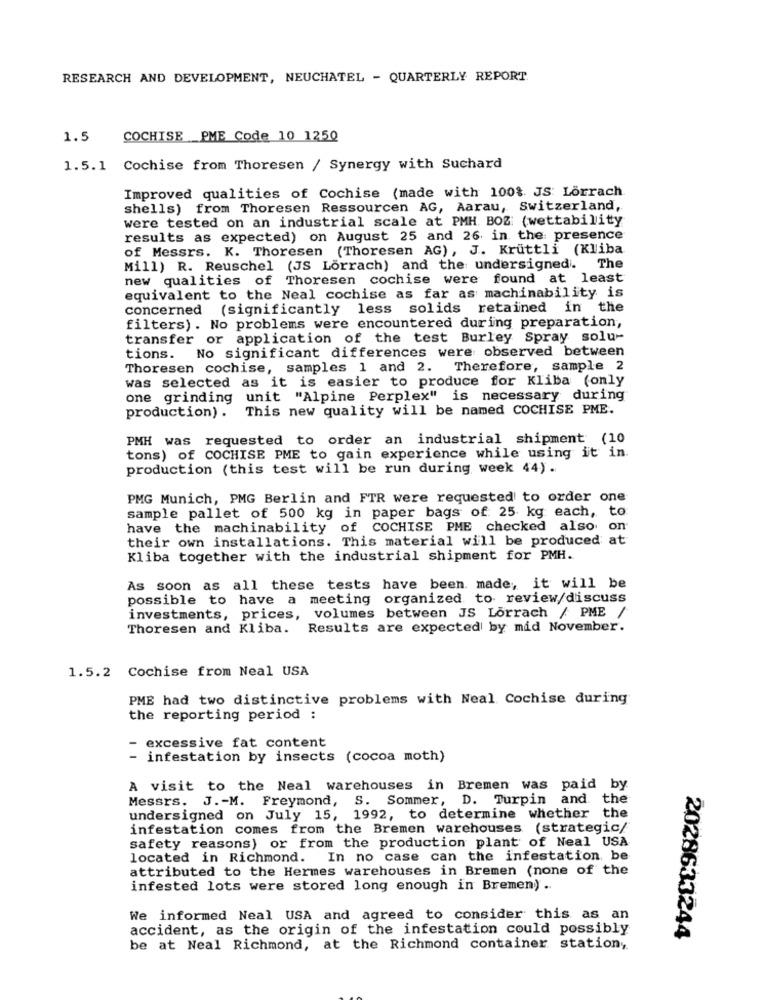
RESEARCH AND DEVELOPMENT, NEUCHATEL - QUARTERLY REPORT
1.5
COCHISE PME Code 10 1250
1.5.1 Cochise from Thoresen / Synergy with Suchard
Improved qualities of Cochise (made with 100%. JS Lörrach
shells) from Thoresen Ressourcen AG, Aarau, Switzerland,
were tested on an industrial scale at PMH BOZ: (wettability
results as expected) on August 25 and 26 in the presence
of Messrs. K. Thoresen (Thoresen AG), J. Kruttli (Kliba
Mill) R. Reuschel (JS Lörrach) and the undersigned. The
new qualities of Thoresen cochise were found at least
equivalent to the Neal cochise as far as machinability is
concerned (significantly less solids retained in the
filters). No problems were encountered during preparation,
transfer or application of the test Burley Spray solu-
tions. No significant differences were observed between
Thoresen cochise, samples 1 and 2. Therefore, sample 2
was selected as it is easier to produce for Kliba (only
one grinding unit "Alpine Perplex" is necessary during
This new quality will be named COCHISE PME.
production) .
PMH was requested to order an industrial shipment (10
tons) of COCHISE PME to gain experience while using it in.
production (this test will be run during week 44).
PMG Munich, PMG Berlin and FTR were requested to order one
sample pallet of 500 kg in paper bags of 25 kg each, to
have the machinability of COCHISE PME checked also on
their own installations. This material will be produced at
Kliba together with the industrial shipment for PMH.
As soon as all these tests have been made, it will be
possible to have a meeting organized to review/discuss
investments, prices, volumes between JS Lörrach / PME
/
Thoresen and Kliba. Results are expected by mid November.
1.5.2 Cochise from Neal USA
PME had two distinctive problems with Neal Cochise during
the reporting period :
- excessive fat content
- infestation by insects (cocoa moth)
A visit to the Neal warehouses in Bremen was paid by
Messrs. J .- M. Freymond, S. Sommer, D. Turpin and the
undersigned on July 15, 1992, to determine whether the
infestation comes from the Bremen warehouses (strategic/
safety reasons) or from the production plant of Neal USA
located in Richmond. In no case can the infestation, be
attributed to the Hermes warehouses in Bremen (none of the
infested lots were stored long enough in Bremen) ..
We informed Neal USA and agreed to consider this as an
accident, as the origin of the infestation could possibly
2028633244
be at Neal Richmond, at the Richmond container station,